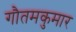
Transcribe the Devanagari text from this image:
गौतमकुमार